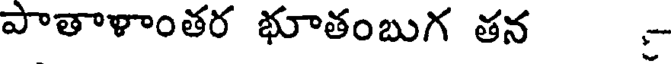
పాతాళాంతర భూతంబుగ తన